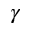
\gamma